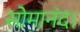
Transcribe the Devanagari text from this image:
सोमानंद।